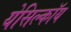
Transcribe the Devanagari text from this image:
येसिल्कॉय